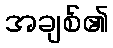
အချစ်၏